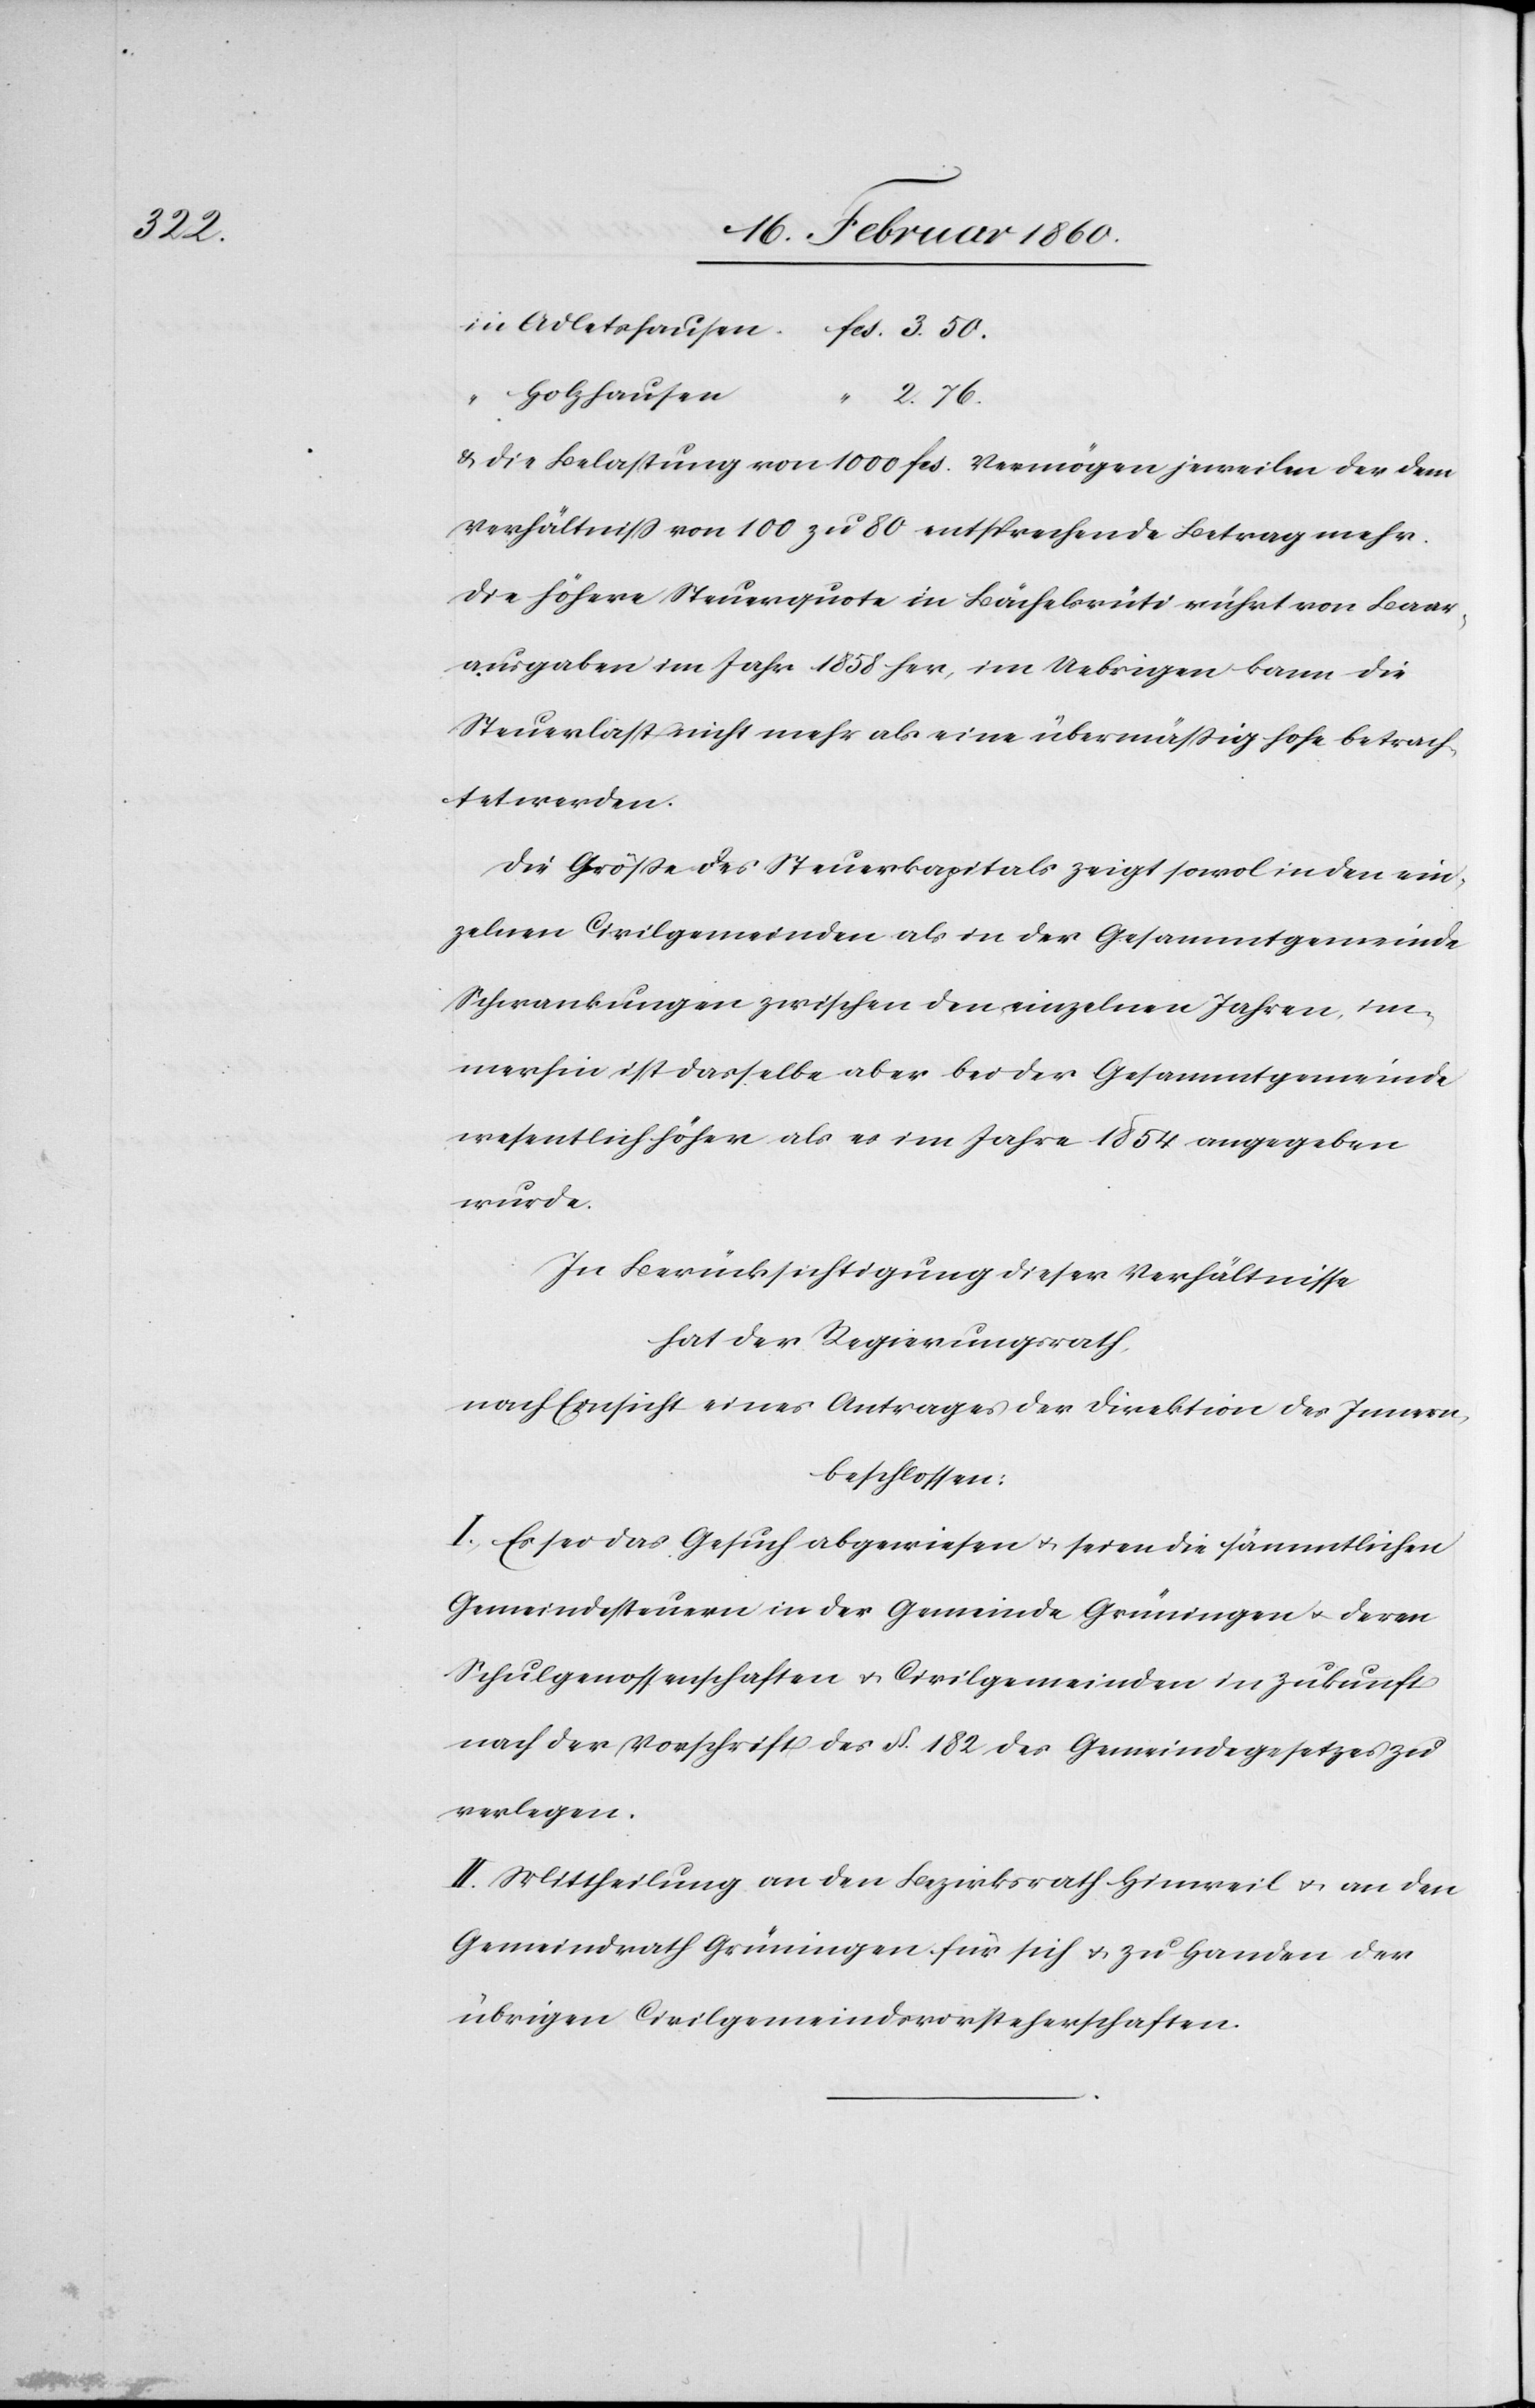
50.

Holzhausen
“
2. 76.
u. die Belastung von 1000 fcs. Vermögen jeweilen der dem
Verhältniss von 100 zu 80 entsprechende Betrag mehr.
Die höhere Steuerquote in Büchelsrüti rührt von Baar¬
ausgaben im Jahr 1858 her, im Uebrigen kann die
Steuerlast nicht mehr als eine übermäßig hohe betrach¬
tet werden.
Die Grösse des Steuerkapitals zeigt sowol in den ein¬
zelnen Civilgemeinden als in der Gesammtgemeinde
Schwankungen zwischen den einzelnen Jahren, im¬
merhin ist dasselbe aber bei der Gesammtgemeinde
wesentlich höher als im Jahre 1854 angegeben
wurde.
In Berücksichtigung dieser Verhältnisse
hat der Regierungsrath,
nach Einsicht eines Antrages der Direktion des Innern,
beschlossen:
I. Es sei das Gesuch abgewiesen u. seien die sämmtlichen
Gemeindesteuern in der Gemeinde Grüningen u. deren
Schulgenossenschaften u. Civilgemeinden in Zukunft
nach der Vorschrift des §. 182. des Gemeindegesetzes zu
verlegen.
II. Mittheilung an den Bezirksrath Hinweil u. an den
Gemeindrath Grüningen für sich u. zu Handen der
übrigen Civilgemeindsvorsteherschaften.